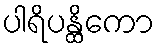
ပါရိပန္ထိကော